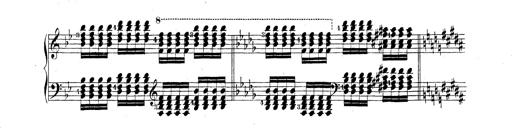
Title: Technische Studien
Composer: Franz Liszt